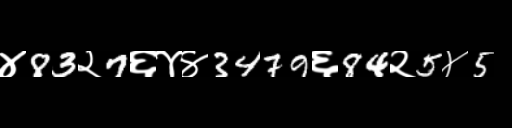
Text: ४83२7६४४3479६84२5४5